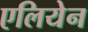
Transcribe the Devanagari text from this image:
एलियेन